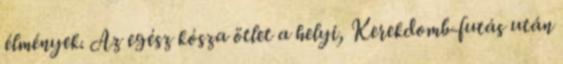
élmények. Az egész kósza ötlet a helyi, Kerekdomb-futás után